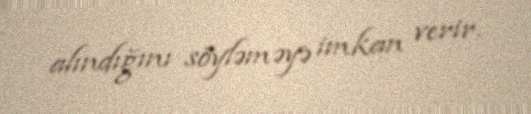
alındığını söyləməyə imkan verir.